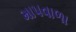
માપવાળા